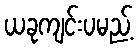
ယခုကျင်းပမည့်